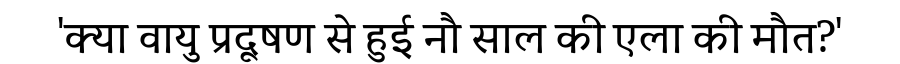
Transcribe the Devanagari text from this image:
'क्या वायु प्रदूषण से हुई नौ साल की एला की मौत?'